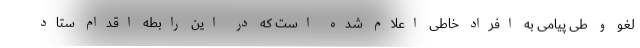
لغو و طی پیامی به افراد خاطی اعلام شده است که در این رابطه اقدام ستاد